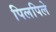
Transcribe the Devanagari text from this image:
पिलपिले